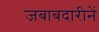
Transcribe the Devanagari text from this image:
जबाबदारीनें